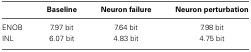
|  | Baseline | Neuron failure | Neuron perturbation |
 | --- | --- | --- | --- |
 | ENOB | 7.97 bit | 7.64 bit | 7.98 bit |
 | INL | 6.07 bit | 4.83 bit | 4.75 bit |